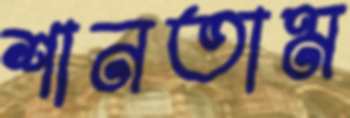
শানতাম